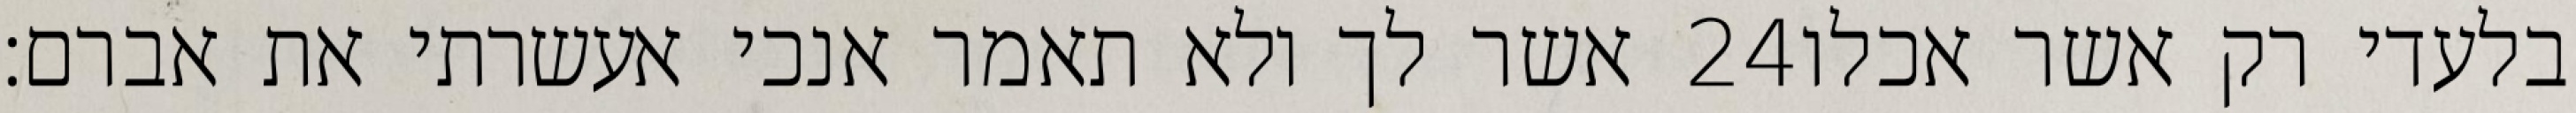
אשר לך ולא תאמר אנכי אעשרתי את אברם׃ ‎24‏ בלעדי רק אשר אכלו